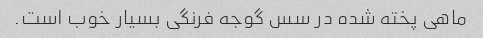
ماهی پخته شده در سس گوجه فرنگی بسیار خوب است.